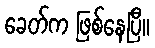
ခေတ်က ဖြစ်နေပြီ။